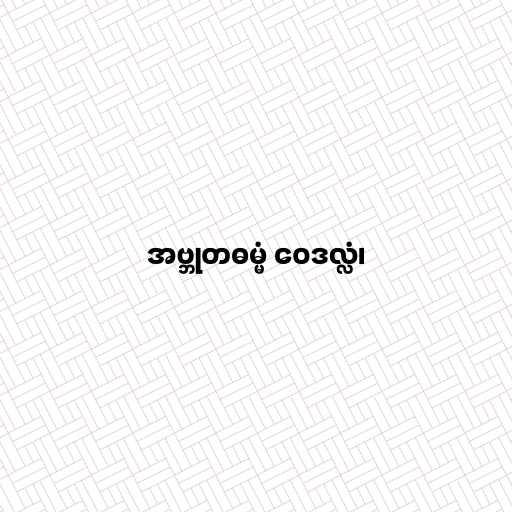
အဗ္ဘုတဓမ္မံ ဝေဒလ္လံ၊